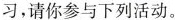
习，请你参与下列活动。